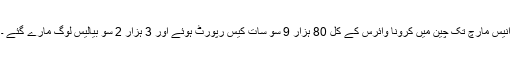
انیس مارچ تک چین میں کرونا وائرس کے کل 80 ہزار 9 سو سات کیس رپورٹ ہوئے اور 3 ہزار 2 سو بیالیس لوگ مارے گئے ۔